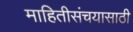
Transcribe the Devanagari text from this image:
माहितीसंचयासाठी